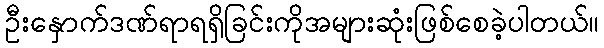
ဦးနှောက်ဒဏ်ရာရရှိခြင်းကိုအများဆုံးဖြစ်စေခဲ့ပါတယ်။